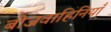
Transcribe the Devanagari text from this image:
बीजवाहिनियाँ